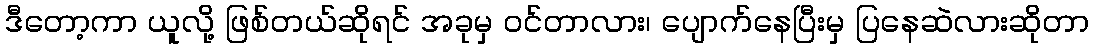
ဒီတော့ကာ ယူလို့ ဖြစ်တယ်ဆိုရင် အခုမှ ဝင်တာလား၊ ပျောက်နေပြီးမှ ပြနေဆဲလားဆိုတာ